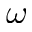
\omega